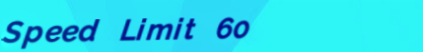
Speed Limit 60